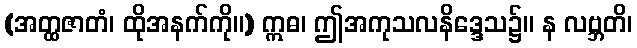
(အတ္ထဇာတံ၊ ထိုအနက်ကို။) ဣဓ၊ ဤအကုသလနိဒ္ဒေသ၌။ န လဗ္ဘတိ၊